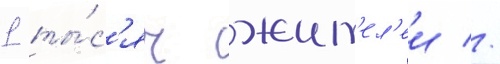
1 ты́с'яч жит'ел'еи //